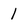
Character: 1